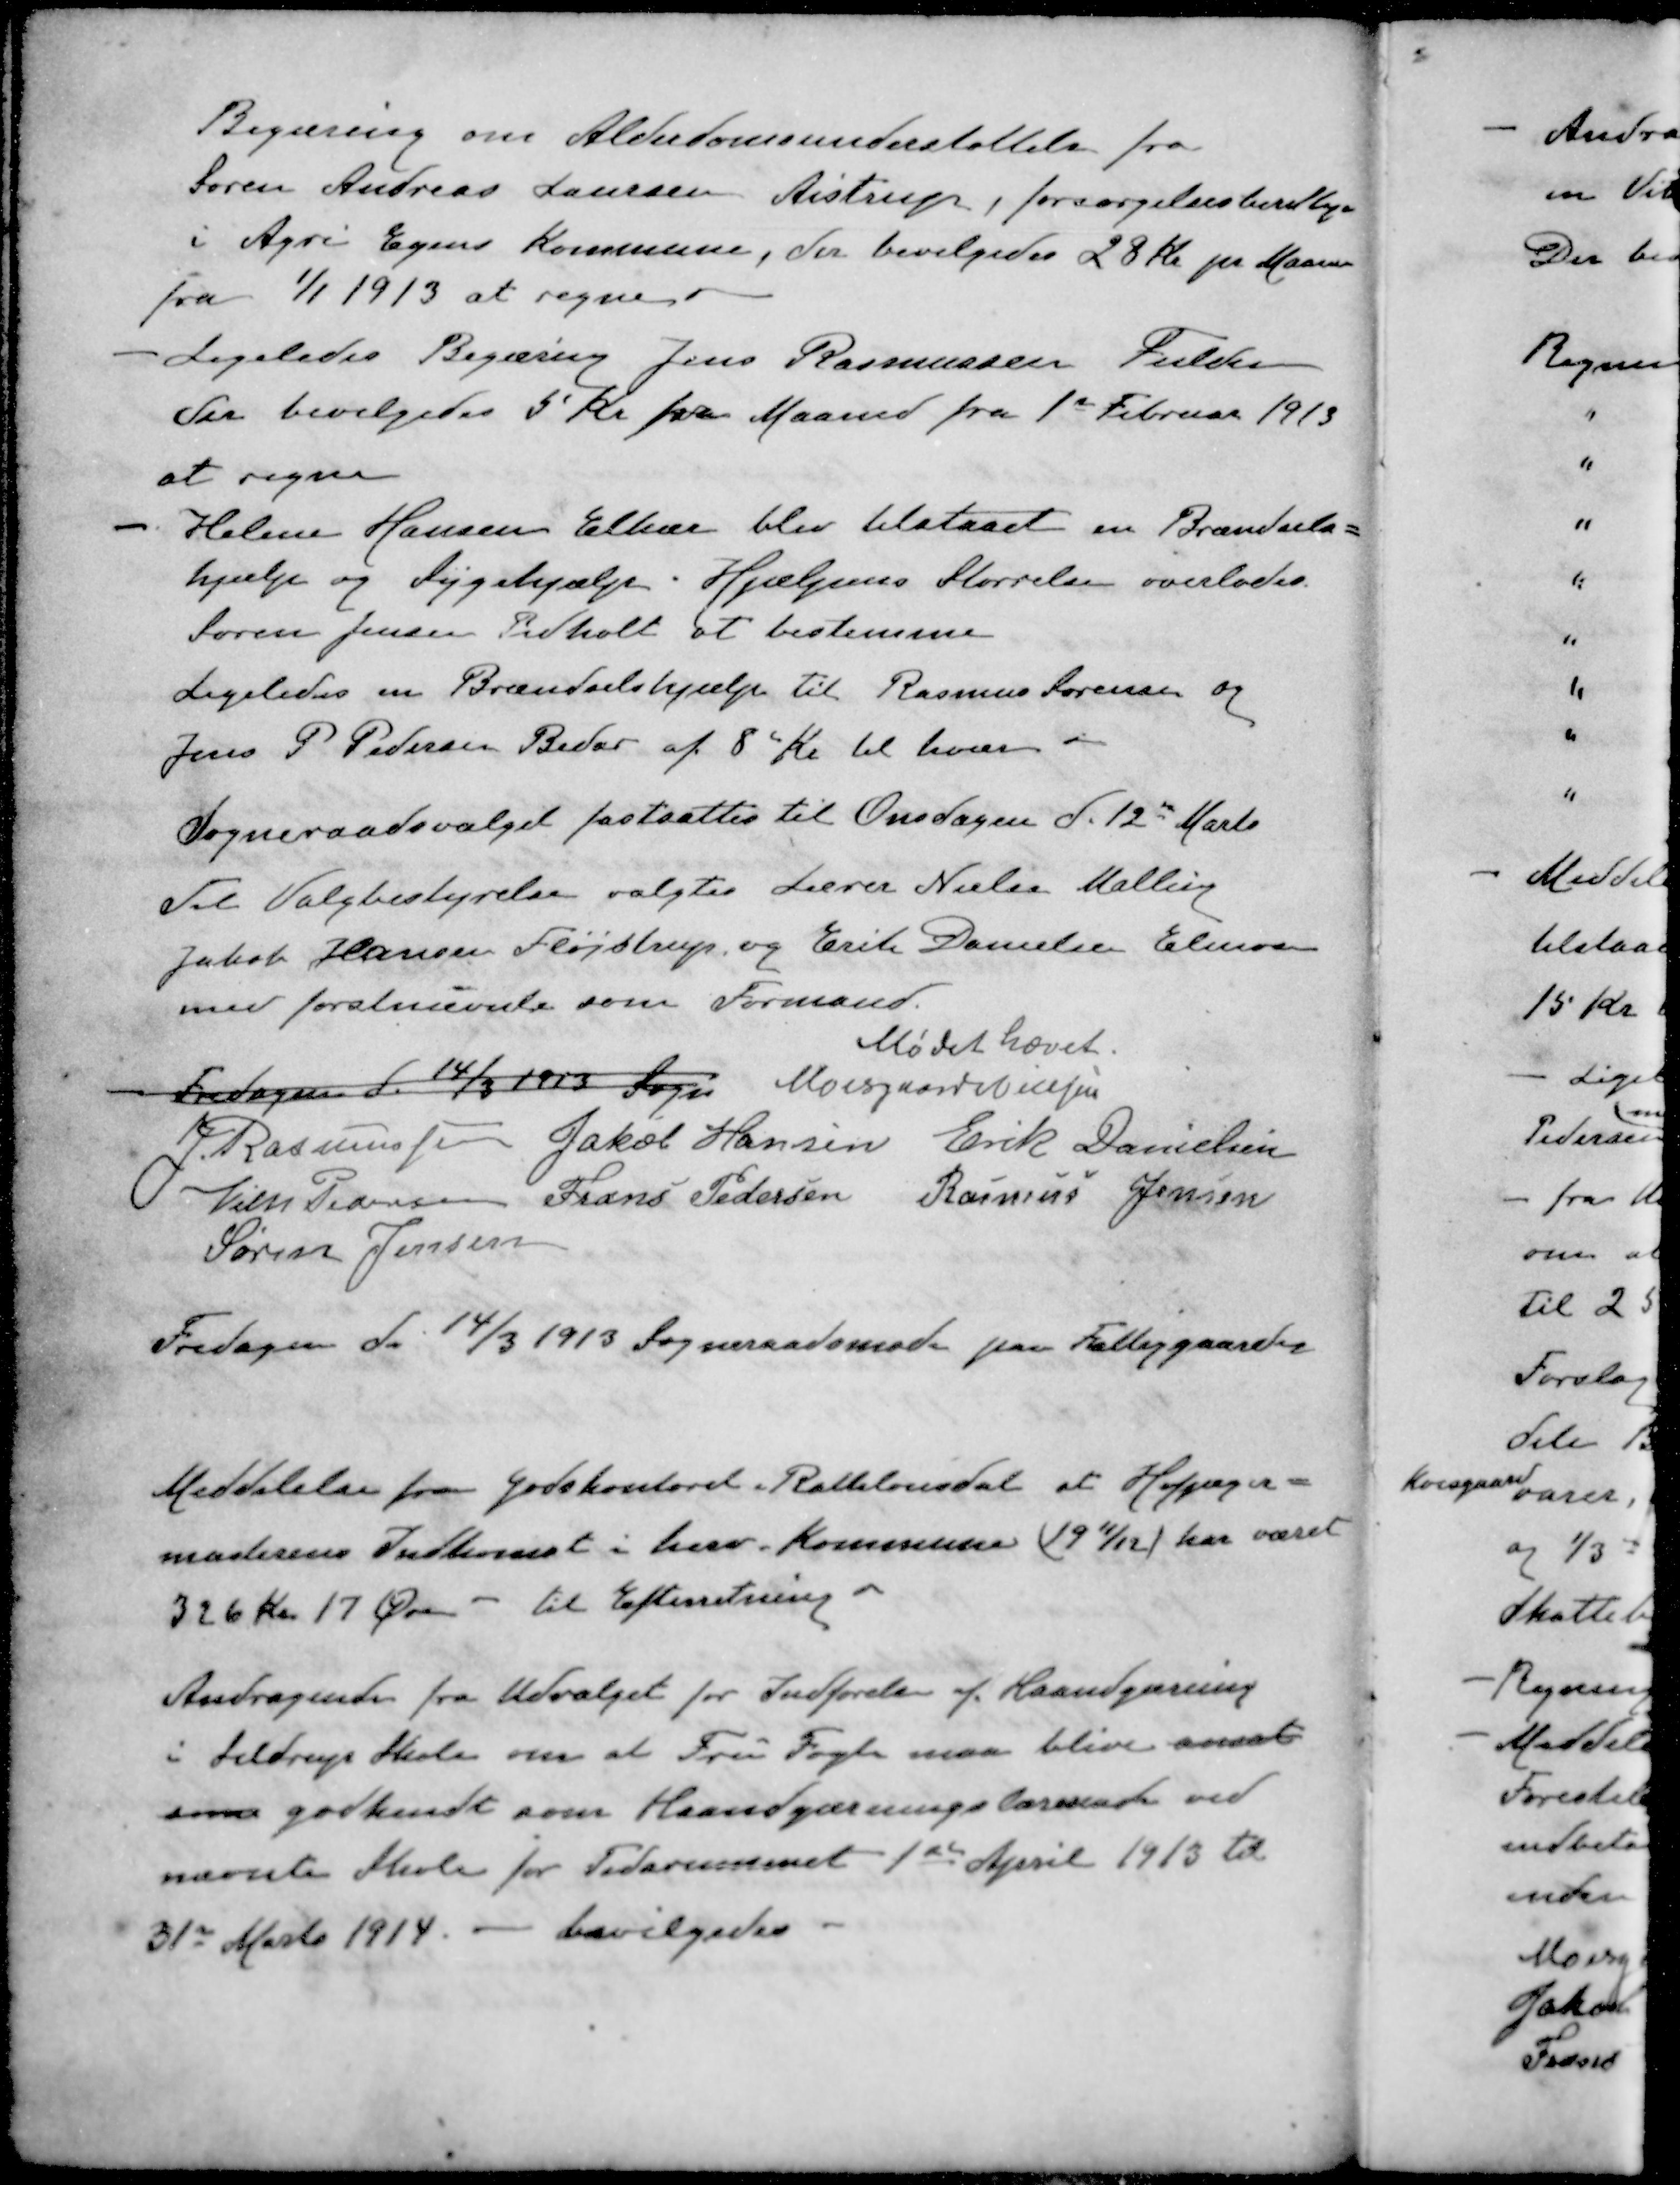
Transskription:
Begæring om Alderdomsunderstøttelse fra
Søren Andreas Laursen Aistrup, forsørgelsesberettiget
i Agri Egens Kommune, der bevilgedes 28 Kr pr Maaned
fra 1/1 1913 at regne
- Ligeledes Begæring Jens Rasmussen Fulden
der bevilgedes 5 Kr pr Maaned fra 1st Februar 1913
at regne
- Helene Hansen Elkær blev tilstaaet en Brændsels=
hjælp og Sygehjælp. Hjælpens Størrelse overlodes
Søren Jensen Pedholt at bestemme
Ligeledes en Brændselshjælp til Rasmus Sørensen og
Jens P Pedersen Beder af 8 Kr til hver
Sogneraadsvalget fastsattes til Onsdagen d. 12de Marts
Til Valgbestyrelse valgtes Lærer Nielsen Malling
Jakob Hansen Fløjstrup og Erik Danielsen Elmose
med førstnævnte som Formand.
Mødet hævet.
Fredagen d. 14/3 1913 Sogn
Moesgaard Nielsen
J Rasmussen
Jakob Hansen
Erik Danielsen
Vilh Pedersen
Frans Pedersen
Rasmus Jensen
Søren Jensen
Fredagen d. 14/3 1913 Sogneraadsmøde paa Fattiggaarden
Meddelelse fra Godskontoret. Rathlousdal at Hofjæger-
masterens Indkomst i herv. Kommune (1911/12) har været
326 Kr. 17 Øre - Til Efterretning.
Andragende fra Udvalget for Indførelse af Haandgærning
i Seldrup Skole om at Fru Fogh maa blive ansat
som godkendt som Haandgærningslærerinde ved
nævnte Skole for Tidsrummet 1ste April 1913 til
31te Marts 1914 - bevilgedes